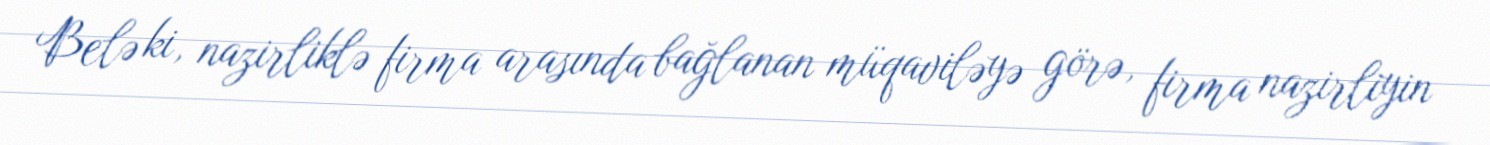
Belə ki, nazirliklə firma arasında bağlanan müqaviləyə görə, firma nazirliyin